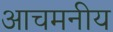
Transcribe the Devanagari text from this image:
आचमनीय